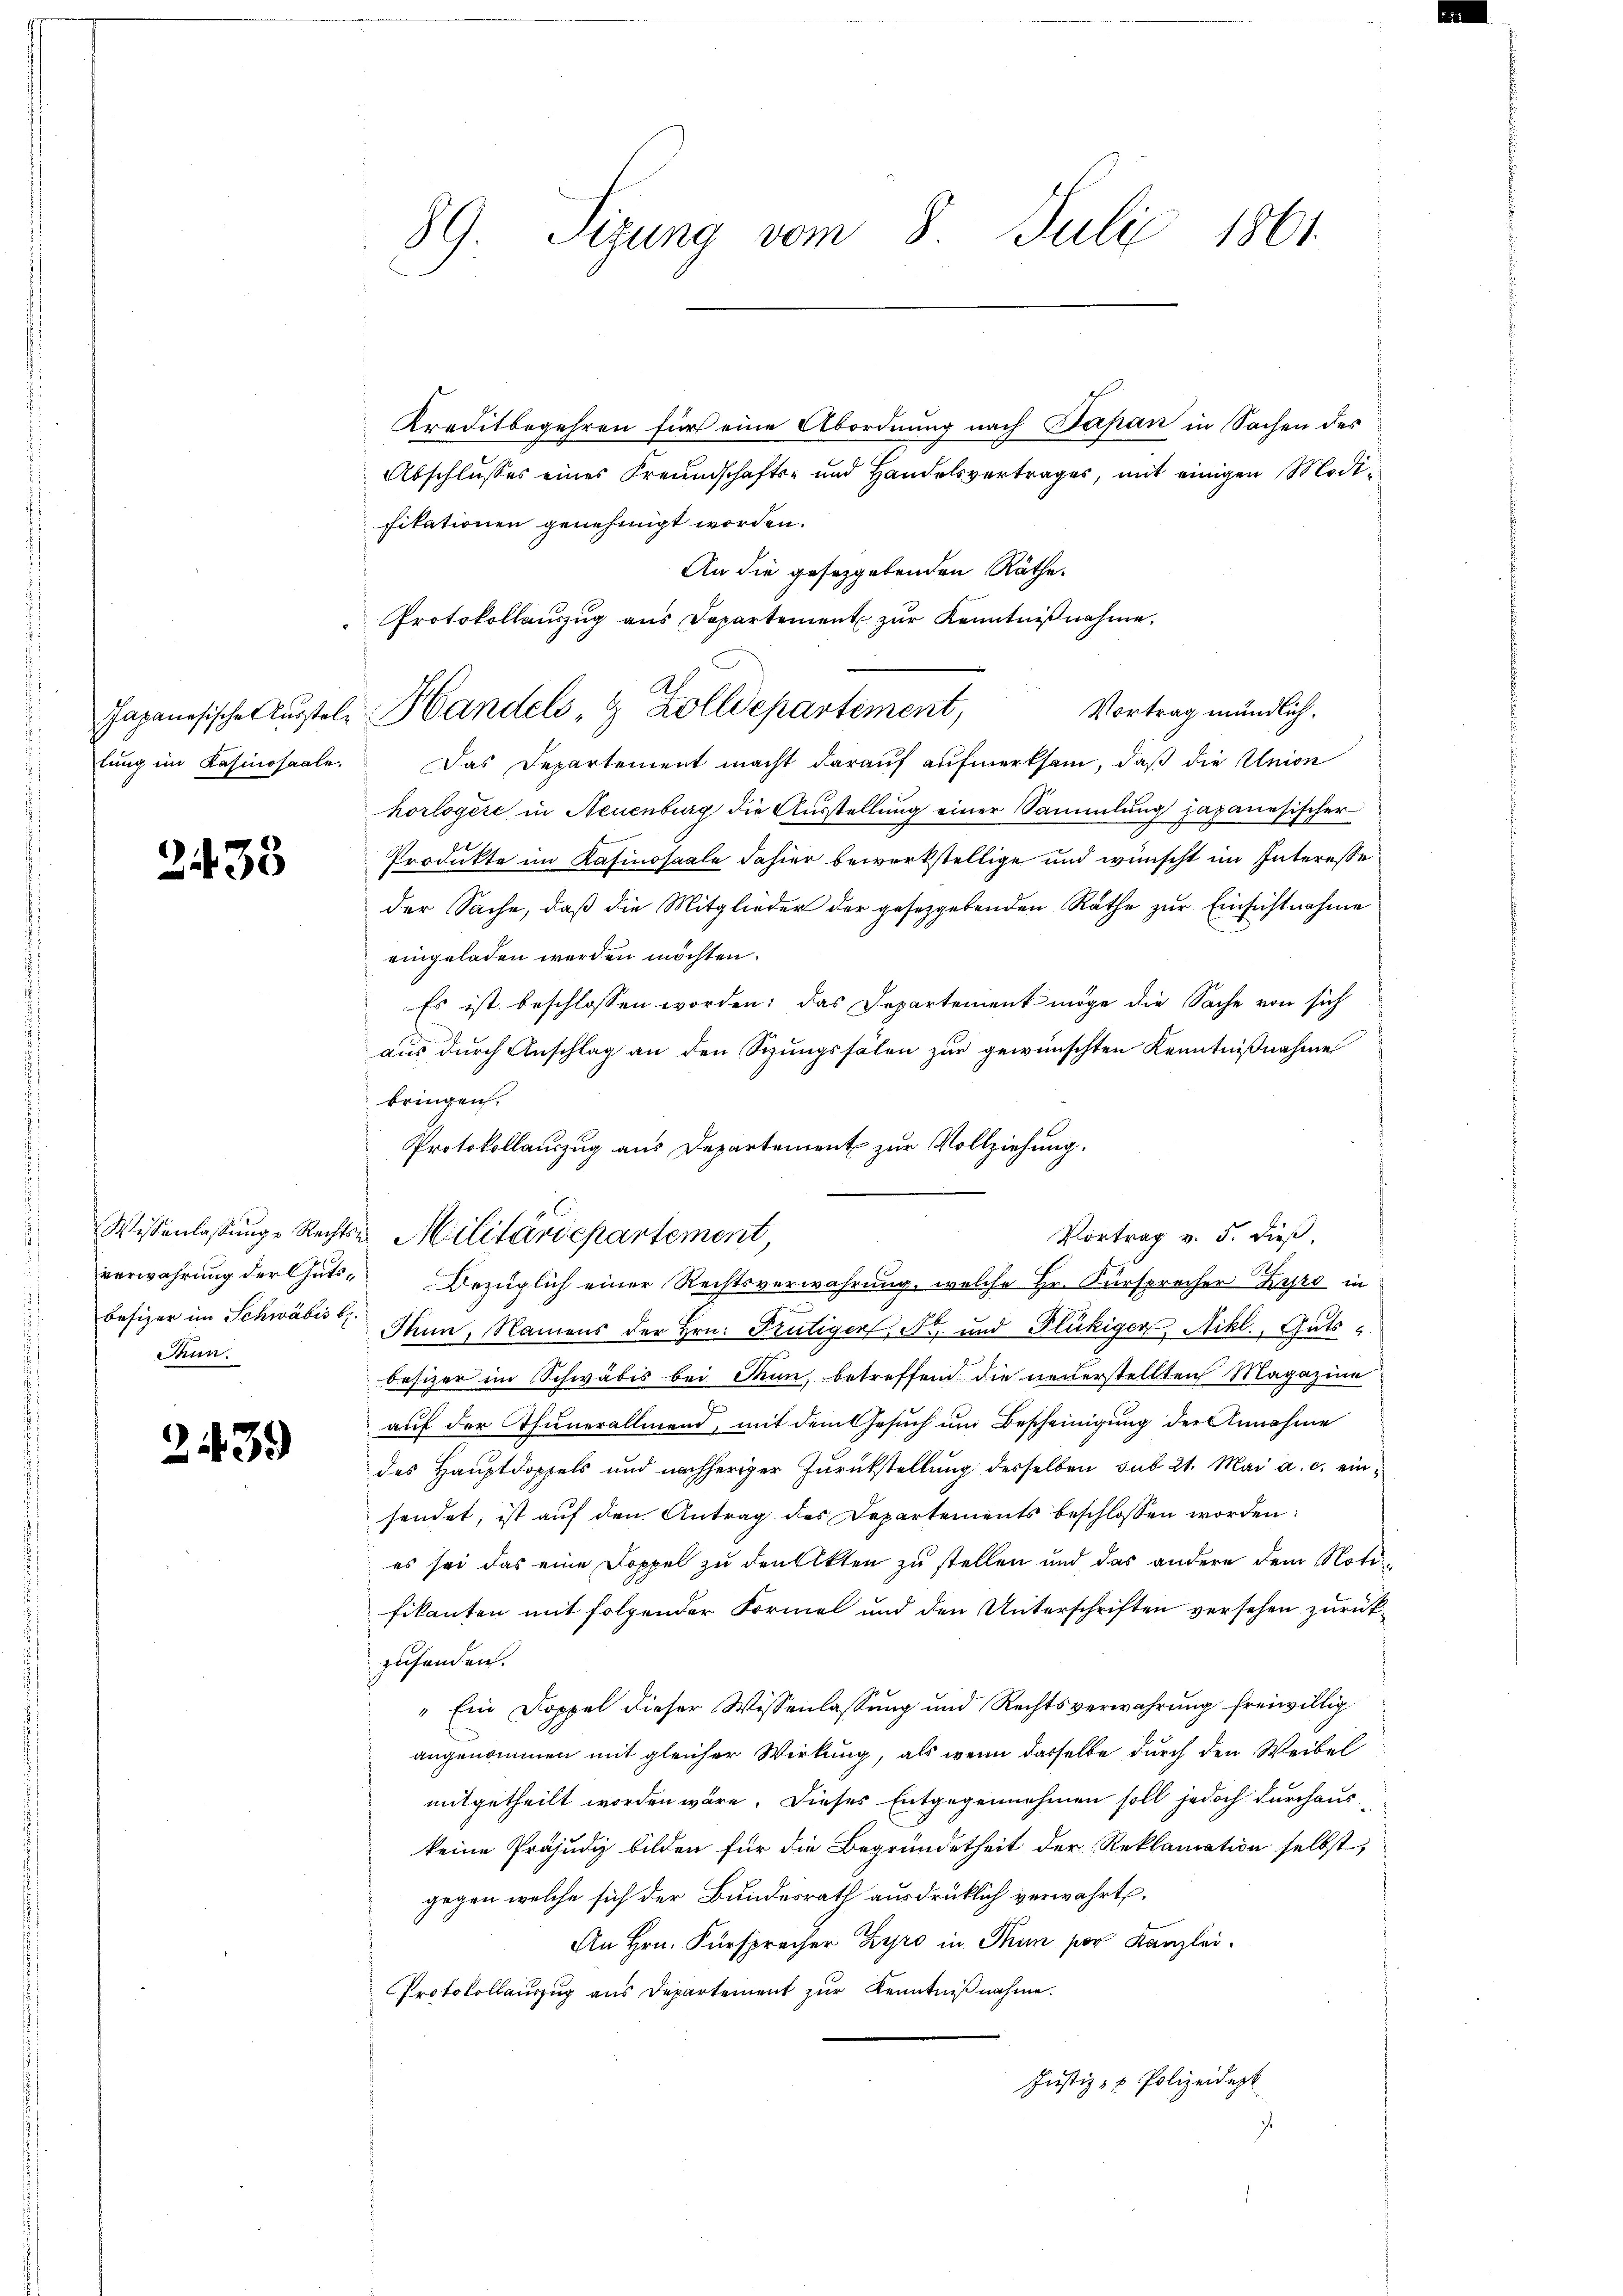
Japanesische Aussteltung im Kasinosaale,

2435

Wissenlassunge Rechts-
verwahrung der Gutsbesizer im Schwäbis b.
Ptun.

2439

89. Sizung vom 8. Juli 1861

Kreditbegehren für eine Abordnung nach Papan in Sachen des
Abschlusses eines Freundschafts- und Handelsvertrages, mit einigen Modifikationen genehmigt worden.
An die gesetzgebenden Räthe.
Protokollauszug aus Departement zur Kenntnißnahme.
Vortrag mündlich.
Das Departement macht darauf aufmerksam, daß die Union
horlogere in Neuenburg die Ausstellung einer Sammlung japanesischer
Produkte im Kasinosaale dahier bewerkstellige und wünscht im Interesse
der Sache, daß die Mitglieder der gesetzgebenden Räthe zur Einsichtnahme
eingeladen werden möchten.
Es ist beschlossen worden; das Departement möge die Sache von sich
aus durch Anschlag an den Schungssälen zur gewünschten Kenntnißnahme
bringen.
Protokollauszug aus Departement zur Vollziehung.
Militärdepartement
Bezüglich einer Rechtsverwahrung, welche Hr. Fürsprecher Hyro in
Thun, Namens der Hrn. Frutiger, Fr. und Flückiger, Nikl., Guts-
besizer im Schwäbis bei Stun betreffend die neuerstellten Magazine
auf der Thunerallmend, mit dem Gesuch um Bescheinigung der Annahme
des Hauptdopfels und nachheriger Zurückstellung desselben sub 21. Mai a. c. einsendet, ist auf den Antrag des Departements beschlossen worden:
es sei das eine Doppel zu den Akten zu stellen und das andere dem Noti
fikanten mit folgender Formel und den Unterschriften versehen zurückzusenden.
" Ein Doppel dieser Wissenlassung und Rechtsverwahrung freiwillig
angenommen mit gleicher Wirkung, als wenn dasselbe durch den Weibel
mitgetheilt worden wäre. Dieses Entgegennehmen soll jedoch durchaus
keine Präjudiz bilden für die Begründetheit der Reklamation selbst,
gegen welche sich der Bundesrath ausdrücklich verwahrt.
An Hrn. Fürsprecher Zyro in Thun par Kanzlei.
Protokollauszug aus Departement zur Kenntnißnahme.
Justiz- & Polizeidept
.

Handels , 9 Zolldepartement,

Vortrag v. 5. dieß,